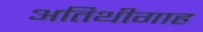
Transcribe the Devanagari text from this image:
अतिथीगाह